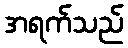
အရက်သည်